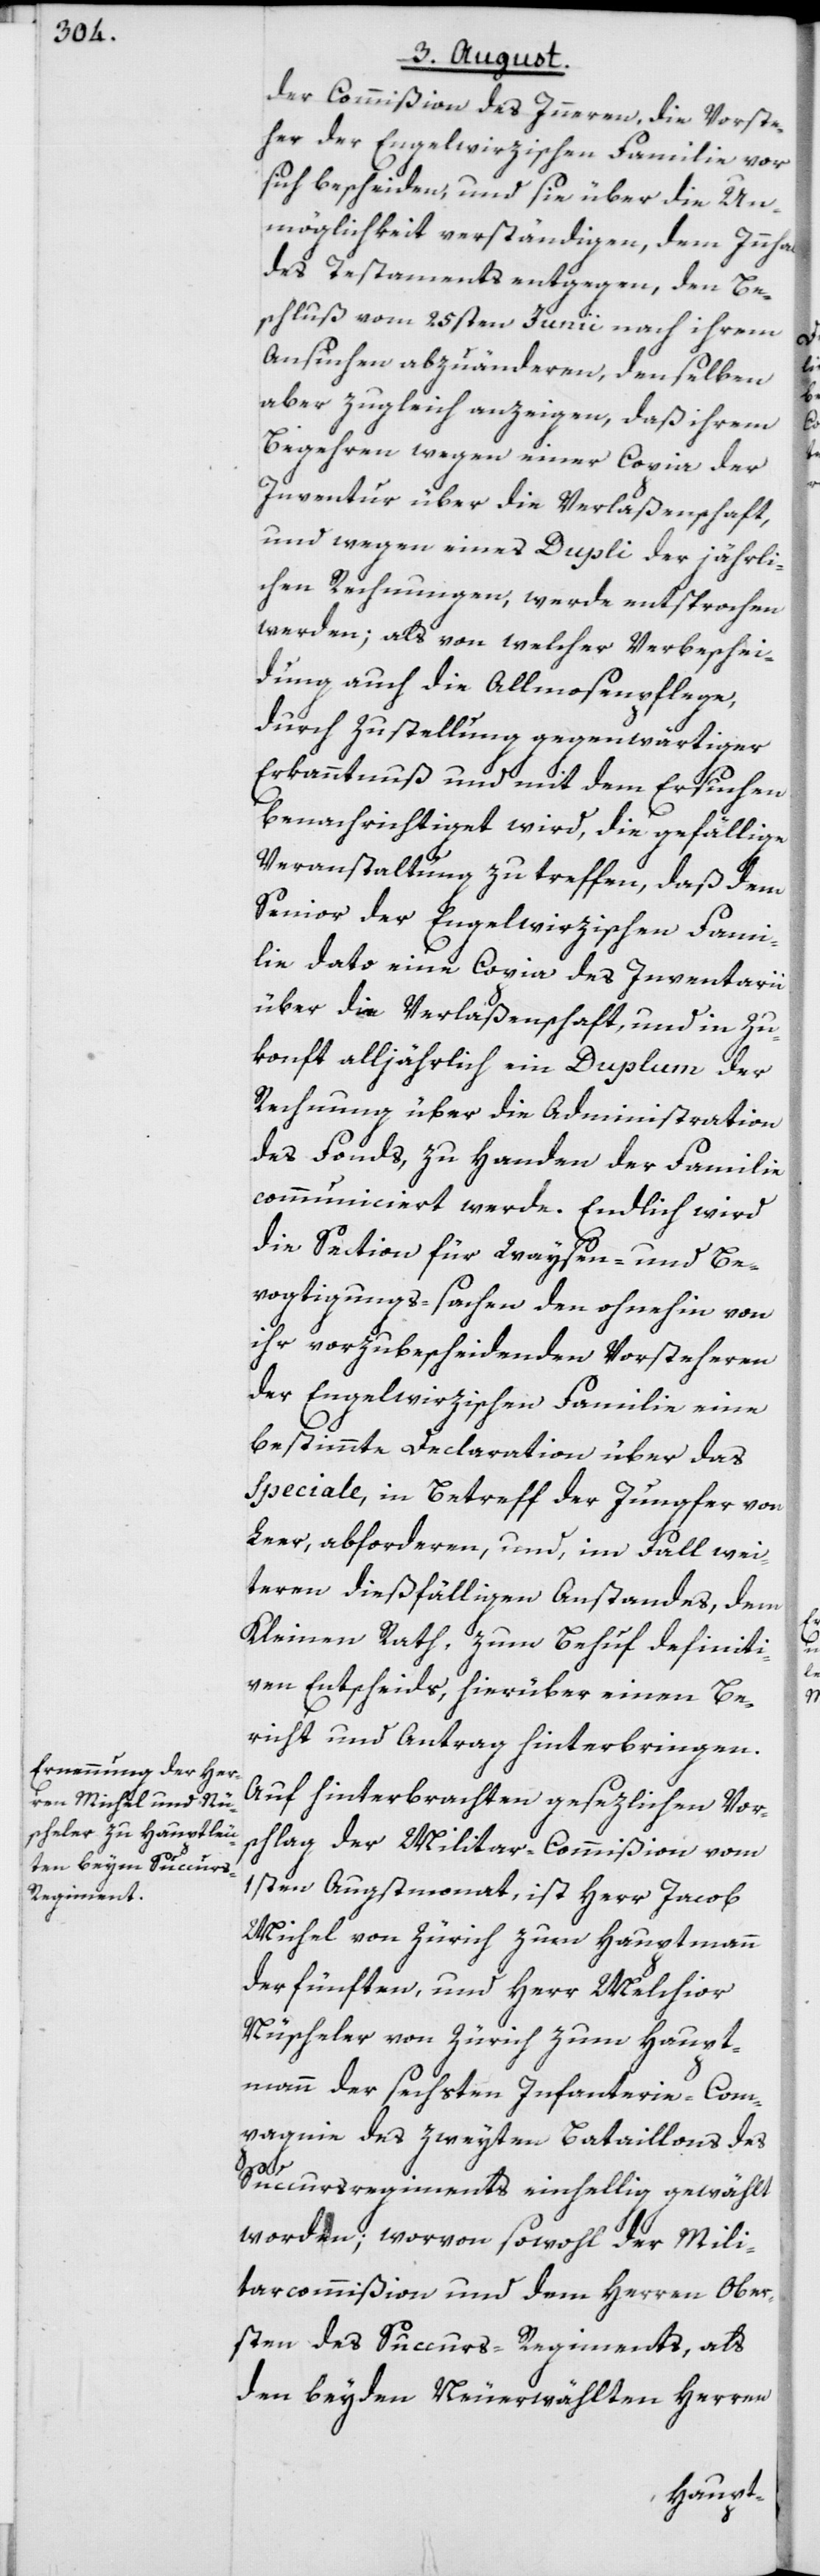
der Commißion des Inneren, die Vorste¬
her der Engelwirzischen Familie vor
sich bescheiden, und sie über die Un¬
möglichkeit verständigen, dem Innhalt
des Testaments entgegen, den Be¬
schluß vom 25sten Junii nach ihrem
Ansuchen abzuänderen, denselben
aber zugleich anzeigen, daß ihrem
Begehren wegen einer Copia der
Inventur über die Verlaßenschaft,
und wegen eines Dupli der jährli¬
chen Rechnungen, werde entsprochen
werden; als von welcher Verbeschei¬
dung auch die Allmosenpflege,
durch Zustellung gegenwärtiger
Erkanntnuß und mit dem Ersuchen
benachrichtiget wird, die gefällige
Veranstaltung zu treffen, daß dem
Senior der Engelwirzischen Fami¬
lie dato eine Copia des Inventarii
über die Verlaßenschaft, und in Zu¬
konft alljährlich ein Duplum der
Rechnung über die Administration
des Fonds, zu Handen der Familie
communiciert werde. Endlich wird
die Section für Waysen- und Be¬
vogtigungs-sachen den ohnehin von
ihr vorzubescheidenden Vorsteheren
der Engelwirzischen Familie eine
bestimmte Declaration über das
Speciale, in Betreff der Jungfer von
Leer, abforderen, und, im Fall wei¬
teren dießfälligen Anstandes, dem
Kleinen Rath, zum Behuf definiti¬
ven Entscheids, hierüber einen Be¬
richt und Antrag hinterbringen.
Auf hinterbrachten gesezlichen Vor¬
schlag der Militar-Commißion vom
1sten Augstmonat, ist Herr Jacob
Michel von Zürich zum Hauptmann
der fünften, und Herr Melchior
Nüscheler von Zürich zum Haupt¬
mann der sechsten Infanterie-Com¬
pagnie des zweyten Bataillons des
Succursregiments einhellig gewählt
worden; worvon sowohl der Mili¬
tarcommißion und dem Herren Ober¬
sten des Succurs-Regiments, als
den beyden Neuerwählten Herren